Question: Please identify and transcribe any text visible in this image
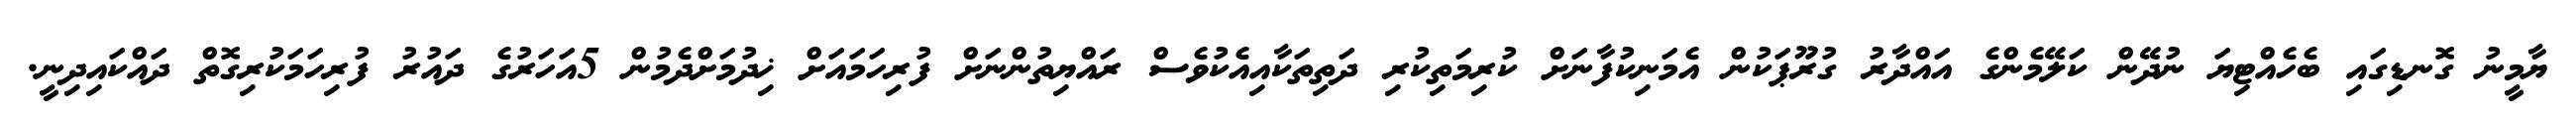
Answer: ޔާމީނު ގޮނޑިގައި ބެހެއްޓިޔަ ނުދޭން ކަލޭމެންގެ އައްދާރު ގުރޫޕަކުން އެމަނިކުފާނަށް ކުރިމަތިކުރި ދަތިތަކާއިއެކުވެސް ރައްޔިތުންނަށް ފުރިހަމައަށް ޚިދުމަށްދެމުން 5އަހަރުގެ ދައުރު ފުރިހަމަކުރިގޮތް ދައްކައިދިނީ.